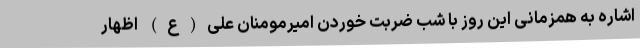
اشاره به همزمانی این روز با شب ضربت خوردن امیرمومنان علی(ع) اظهار